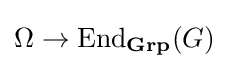
\Omega \rightarrow \operatorname {End} _{\mathbf {Grp} }(G)